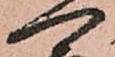
一